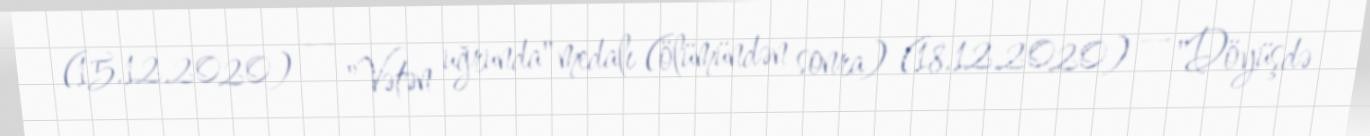
(15.12.2020) — "Vətən uğrunda" medalı (ölümündən sonra) (18.12.2020) — "Döyüşdə